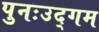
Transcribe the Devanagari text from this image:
पुनःउद्गम